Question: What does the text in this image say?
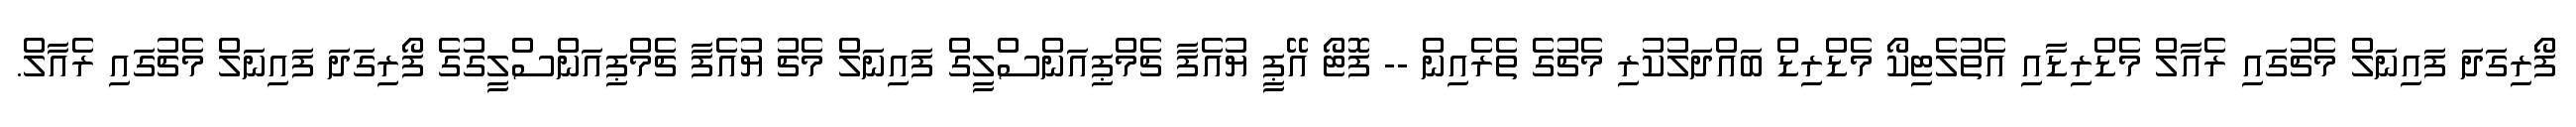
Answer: ފޯރިގަދަ ފައިނަލް މެޗުގައި ރެއާލް މެޑްރިޑާއި އެތުލެޓިކޯ މެޑްރިޑް ބައްދަލުކުރި މެޗުގެ ތެރެއިން -- ފޮޓޯ އޭޕީ ޔުއެފާ ޗެމްޕިއަންސްލީގް ފައިނަލް މެޗު ޔުއެފާ ޗެމްޕިއަންސްލީގުގެ ފޯރިގަދަ ފައިނަލް މެޗުގައި ރެއާލް.